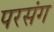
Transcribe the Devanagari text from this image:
परसंग